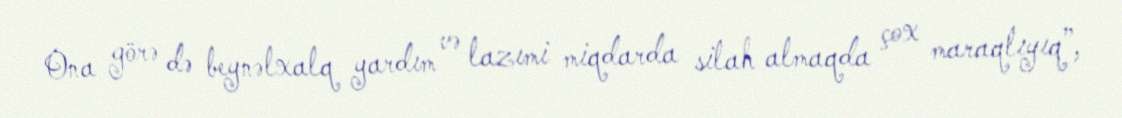
Ona görə də beynəlxalq yardım və lazımi miqdarda silah almaqda çox maraqlıyıq”,